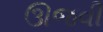
ઊજવી